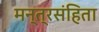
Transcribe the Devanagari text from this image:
मन्त्रसंहिता